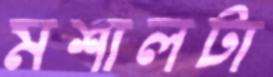
মশালটা